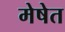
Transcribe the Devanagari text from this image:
मेषेत